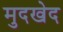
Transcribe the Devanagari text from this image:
मुदखेद